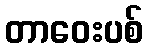
တာဝေးပစ်